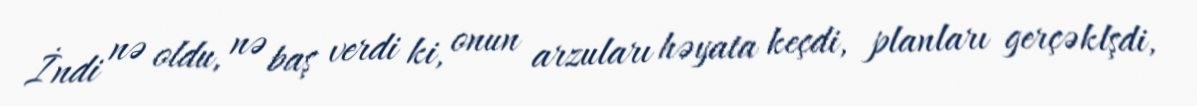
İndi nə oldu, nə baş verdi ki, onun arzuları həyata keçdi, planları gerçəklşdi,